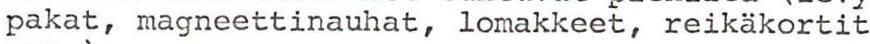
pakat, magneettinauhat, lomakkeet, reikäkortit